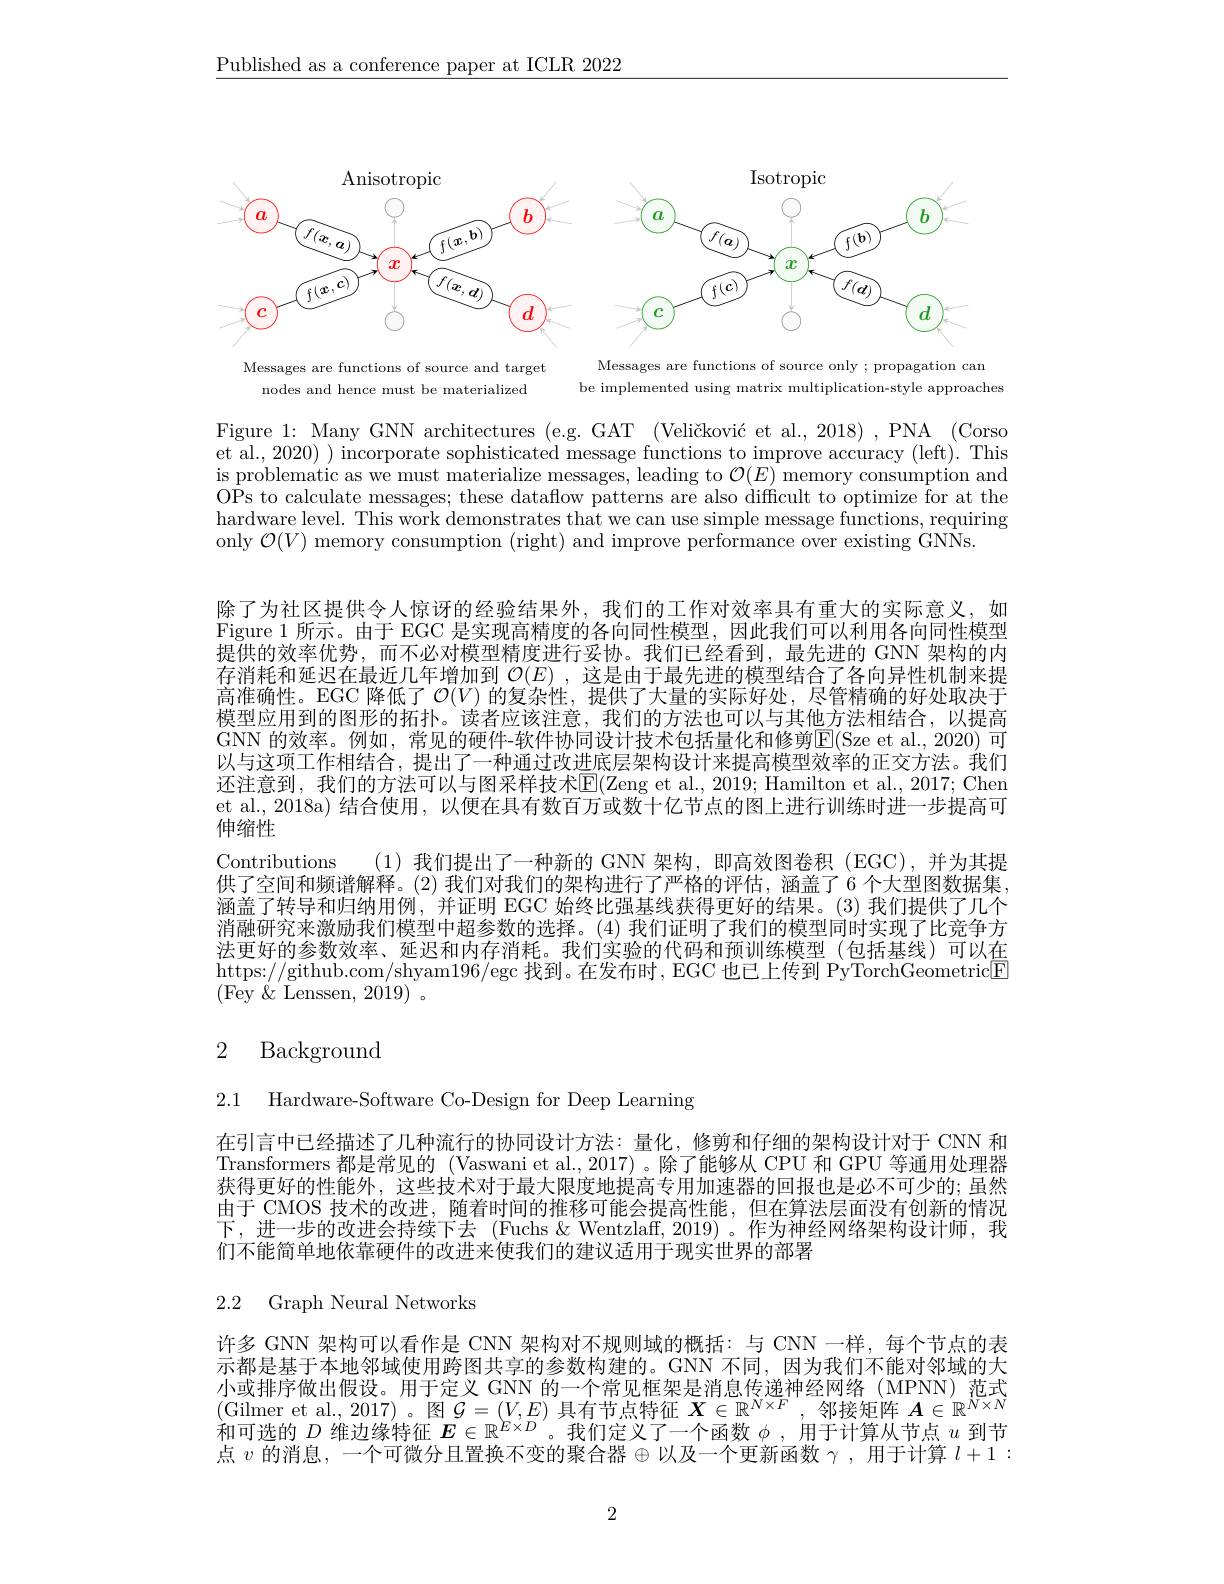
$\underline{\text{Published as a conference paper at ICLR 2022}}$

<FigureHere>

Messages are functions of source only ; propagation can be implemented using matrix multiplication-style approaches

Messages are functions of source and target
nodes and hence must be materialized

Figure 1: Many GNN architectures (e.g. GAT (Veličković et al., 2018) ,PNA (Corso et al., 2020) ) incorporate sophisticated message functions to improve accuracy (left). This $\begin{array}{c}\mathrm{is~problematic~as~we~must~materialize~messages,~leading~to~}\mathcal{O}(E)~\mathrm{memory~consumption~and}\\\mathrm{is~problematic~as~we~must~materialize~messages,~leading~to~}\mathcal{O}(E)~\mathrm{memory~consumption~and}\end{array}$ OPs to calculate messages; these dataflow patterns are also difficult to optimize for at the hardware level. This work demonstrates that we can use simple message functions, requiring only $\mathcal{O}(V)$ memory consumption (right) and improve performance over existing GNNs.

除了为社区提供令人惊讶的经验结果外，我们的工作对效率具有重大的实际意义，如Figure 1 所示。由于 EGC 是实现高精度的各向同性模型，因此我们可以利用各向同性模型提供的效率优势，而不必对模型精度进行妥协。我们已经看到，最先进的 GNN 架构的内存消耗和延迟在最近几年增加到$\mathcal{O}(E)$ ,这是由于最先进的模型结合了各向异性机制来提高准确性。EGC 降低了$\mathcal{O}(V)$的复杂性，提供了大量的实际好处，尽管精确的好处取决于模型应用到的图形的拓扑。读者应该注意，我们的方法也可以与其他方法相结合，以提高GNN 的效率。例如，常见的硬件-软件协同设计技术包括量化和修剪$\mathbb{E}($Sze et al.,2020)可以与这项工作相结合，提出了一种通过改进底层架构设计来提高模型效率的正交方法。我们还注意到，我们的方法可以与图采样技术E(Zeng et al., 2019; Hamilton et al., 2017; Chen et al., 2018a) 结合使用，以便在具有数百万或数十亿节点的图上进行训练时进一步提高可伸缩性
Contributions (1)我们提出了一种新的 GNN 架构，即高效图卷积 (EGC),并为其提供了空间和频谱解释。(2) 我们对我们的架构进行了严格的评估，涵盖了6 个大型图数据集， 涵盖了转导和归纳用例，并证明 EGC 始终比强基线获得更好的结果。(3) 我们提供了几个消融研究来激励我们模型中超参数的选择。(4) 我们证明了我们的模型同时实现了比竞争方法更好的参数效率、延迟和内存消耗。我们实验的代码和预训练模型(包括基线)可以在https://github.com/shyam196/egc 找到。在发布时，EGC 也已上传到 PyTorchGeometricE (Fey $\&$ Lenssen, 2019) 。

## 2 Background

2.1 Hardware-Software Co-Design for Deep Learning

在引言中已经描述了几种流行的协同设计方法：量化，修剪和仔细的架构设计对于 CNN 和Transformers 都是常见的 (Vaswani et al.,2017)。除了能够从 CPU 和 GPU 等通用处理器获得更好的性能外，这些技术对于最大限度地提高专用加速器的回报也是必不可少的；虽然由于 CMOS 技术的改进，随着时间的推移可能会提高性能，但在算法层面没有创新的情况下，进一步的改进会持续下去 (Fuchs &Wentzlaff,2019)。作为神经网络架构设计师，我们不能简单地依靠硬件的改进来使我们的建议适用于现实世界的部署

2.2 Graph Neural Networks

许多 GNN 架构可以看作是 CNN 架构对不规则域的概括：与 CNN 一样，每个节点的表示 都 是 基 于 本 地 邻 域 使 用 跨 图 共 享 的 参 数 构 建 的 。GNN, 因 为 我 们 不 能 对 邻 域 的 大 小 或 排 序 做 出 假 设 。用 于 定 义 GNN 的 一 个 常 见 框 架 是 消 息 传 递 神 经 网 络 ( MPNN) 范 式 ( Gilmer et al, 2017) 。图 $\mathcal{G} = ( V, E)$ 具 有 节 点 特 征 $\boldsymbol{X}\in \mathbb{R} ^{N\times F}$, 邻 接 矩 阵 $\boldsymbol{A}\in \mathbb{R} ^{N\times N}$ 和 可 说 的 $D$ 维 边 缘 特 征 $\boldsymbol{E}\in \mathbb{R} ^{E\times D}$ 。我 们 定 义 了 一 个 函 数 $\phi $, 用 干 计 算 从 节 点 $u$ 到 节(Gilller et al.,2017)。因$\Psi-(V,L)$ ,只有门点付血 $\boldsymbol{x}\in\mathbb{R}^{E\times D}$。我们定义了一个函数 $\phi$,用于计算从节点 $u$ 到节点 $v$ 的消息，一个可微分且置换不变的聚合器$\oplus$以及一个更新函数$\gamma$ ,用于计算 $l+1:$

2